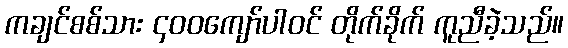
ကချင်စစ်သား ၄၀၀ကျော်ပါဝင် တိုက်ခိုက် ကူညီခဲ့သည်။